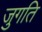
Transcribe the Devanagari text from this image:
जुगति